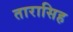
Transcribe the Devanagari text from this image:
तारासिह